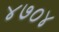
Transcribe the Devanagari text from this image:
४७०४